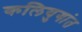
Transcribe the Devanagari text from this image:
कलियुगांत